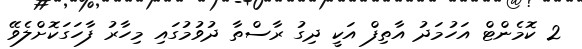
2 ކޮމެންޓް އަހުމަދު އާތިފް އަކީ ދިގު ރާސްތާ ދުވުމުގައި މިހާރު ފާހަގަކޮށްލެވޭ